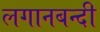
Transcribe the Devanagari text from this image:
लगानबन्दी